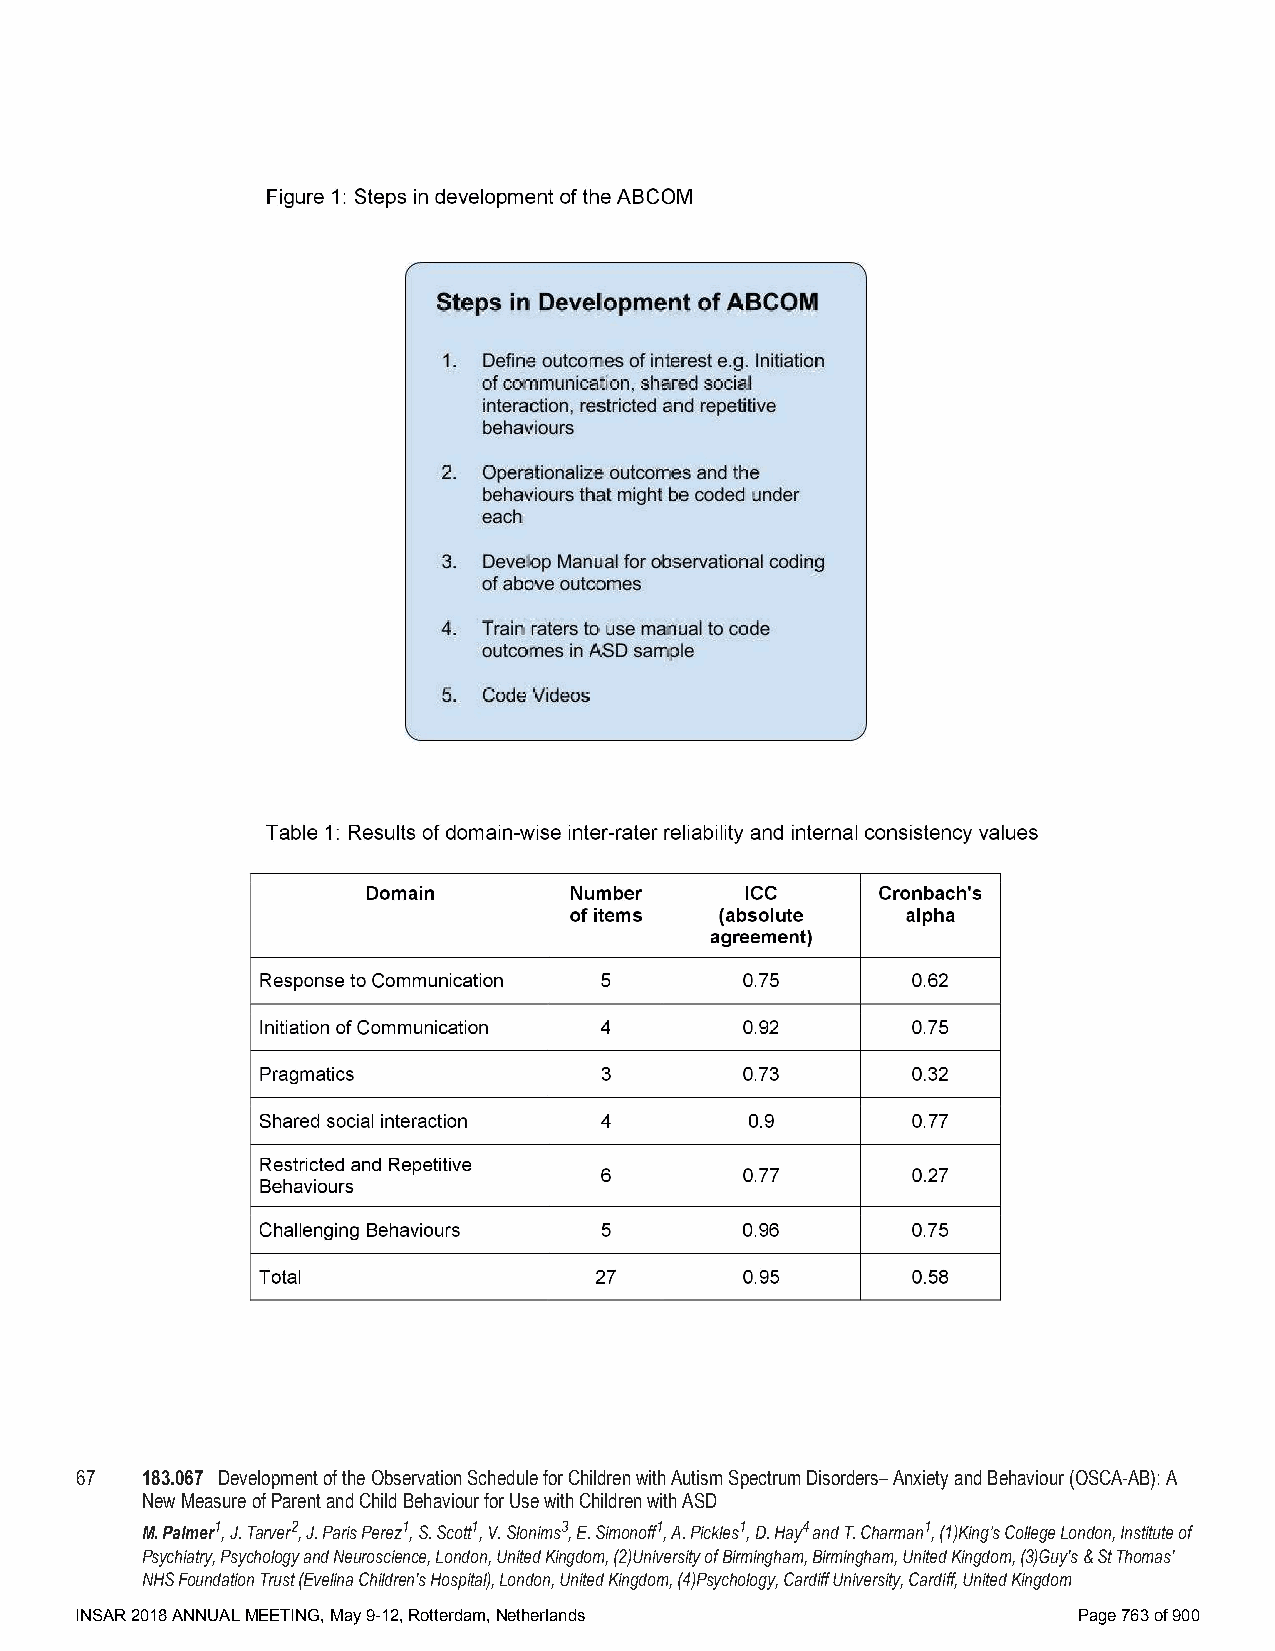
67  183.067 Development of the Observation Schedule for Children with Autism Spectrum Disorders– Anxiety and Behaviour (OSCA-AB): A
 New Measure of Parent and Child Behaviour for Use with Children with ASD
 M. Palmer1, J. Tarver2, J. Paris Perez1, S. Scott1, V. Slonims3, E. Simonoff1, A. Pickles1, D. Hay4 and T. Charman1, (1)King’s College London, Institute of
 Psychiatry, Psychology and Neuroscience, London, United Kingdom, (2)University of Birmingham, Birmingham, United Kingdom, (3)Guy's & St Thomas'
 NHS Foundation Trust (Evelina Children's Hospital), London, United Kingdom, (4)Psychology, Cardiff University, Cardiff, United Kingdom
 INSAR 2018 ANNUAL MEETING, May 9-12, Rotterdam, Netherlands       Page 763 of 900